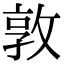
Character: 敦